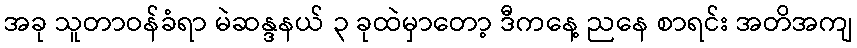
အခု သူတာဝန်ခံရာ မဲဆန္ဒနယ် ၃ ခုထဲမှာတော့ ဒီကနေ့ ညနေ စာရင်း အတိအကျ